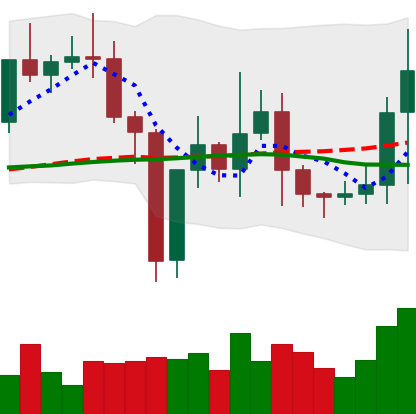
Ticker: TRX-USD
Chart end date: 2021-01-04
Forward return: 10.284%
Label: up_7plus